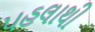
પહલાથી